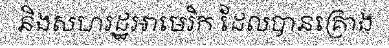
និងសហរដ្ឋអាមេរិក ដែលបានគ្រោង